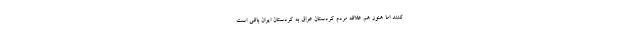
کنند اما هنوز هم علاقه مردم کردستان عراق به کردستان ایران باقی است